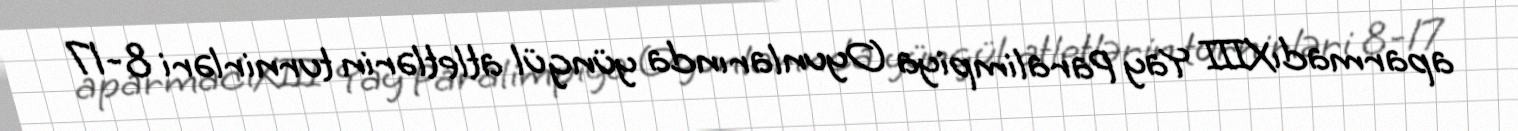
aparmadıXIII Yay Paralimpiya Oyunlarında yüngül atletlərin turnirləri 8-17